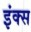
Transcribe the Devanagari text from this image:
इंक्स